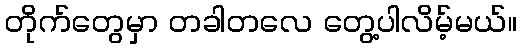
တိုက်တွေမှာ တခါတလေ တွေ့ပါလိမ့်မယ်။